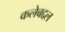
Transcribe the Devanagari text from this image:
कलेबद्दल